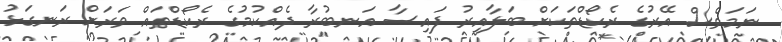
ނަމަވެސް އޭރުގެ ރެކޯޑްތަކަށް ބަލާއިރު ފައިސާ އަނބުރާ ދެއްކުމުގެ ރެކޯޑްތައް ވަރަށް ރަނގަޅު